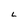
Character: L